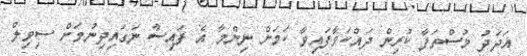
އަދަދު މުސްތަފާ ކުރިން ދައްކަވާފައިވާ ކަމަށް ނިންމާ އެ ފައިސާ ނަގައިދިނުމަށް ސިވިލް